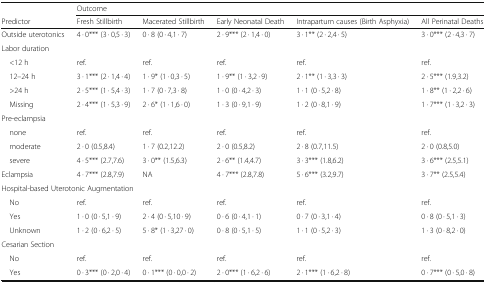
<table><thead><tr><td></td><td colspan="5"><b>Outcome</b></td></tr><tr><td><b>Predictor</b></td><td><b>Fresh Stillbirth</b></td><td><b>Macerated Stillbirth</b></td><td><b>Early Neonatal Death</b></td><td><b>Intrapartum causes (Birth Asphyxia)</b></td><td><b>All Perinatal Deaths</b></td></tr></thead><tbody><tr><td>Outside uterotonics</td><td>4 · 0*** (3 · 0,5 · 3)</td><td>0 · 8 (0 · 4,1 · 7)</td><td>2 · 9*** (2 · 1,4 · 0)</td><td>3 · 1** (2 · 2,4 · 5)</td><td>3 · 0*** (2 · 4,3 · 7)</td></tr><tr><td colspan="6">Labor duration</td></tr><tr><td> &lt;12 h</td><td>ref.</td><td>ref.</td><td>ref.</td><td>ref.</td><td>ref.</td></tr><tr><td> 12–24 h</td><td>3 · 1*** (2 · 1,4 · 4)</td><td>1 · 9* (1 · 0,3 · 5)</td><td>1 · 9** (1 · 3,2 · 9)</td><td>2 · 1** (1 · 3,3 · 3)</td><td>2 · 5*** (1.9,3.2)</td></tr><tr><td> &gt;24 h</td><td>2 · 5*** (1 · 5,4 · 3)</td><td>1 · 7 (0 · 7,3 · 8)</td><td>1 · 0 (0 · 4,2 · 3)</td><td>1 · 1 (0 · 5,2 · 8)</td><td>1 · 8** (1 · 2,2 · 6)</td></tr><tr><td> Missing</td><td>2 · 4*** (1 · 5,3 · 9)</td><td>2 · 6* (1 · 1,6 · 0)</td><td>1 · 3 (0 · 9,1 · 9)</td><td>1 · 2 (0 · 8,1 · 9)</td><td>1 · 7*** (1 · 3,2 · 3)</td></tr><tr><td colspan="6">Pre-eclampsia</td></tr><tr><td> none</td><td>ref.</td><td>ref.</td><td>ref.</td><td>ref.</td><td>ref.</td></tr><tr><td> moderate</td><td>2 · 0 (0.5,8.4)</td><td>1 · 7 (0.2,12.2)</td><td>2 · 0 (0.5,8.2)</td><td>2 · 8 (0.7,11.5)</td><td>2 · 0 (0.8,5.0)</td></tr><tr><td> severe</td><td>4 · 5*** (2.7,7.6)</td><td>3 · 0** (1.5,6.3)</td><td>2 · 6** (1.4,4.7)</td><td>3 · 3*** (1.8,6.2)</td><td>3 · 6*** (2.5,5.1)</td></tr><tr><td>Eclampsia</td><td>4 · 7*** (2.8,7.9)</td><td>NA</td><td>4 · 7*** (2.8,7.8)</td><td>5 · 6*** (3.2,9.7)</td><td>3 · 7** (2.5,5.4)</td></tr><tr><td colspan="6">Hospital-based Uterotonic Augmentation</td></tr><tr><td> No</td><td>ref.</td><td>ref.</td><td>ref.</td><td>ref.</td><td>ref.</td></tr><tr><td> Yes</td><td>1 · 0 (0 · 5,1 · 9)</td><td>2 · 4 (0 · 5,10 · 9)</td><td>0 · 6 (0 · 4,1 · 1)</td><td>0 · 7 (0 · 3,1 · 4)</td><td>0 · 8 (0 · 5,1 · 3)</td></tr><tr><td> Unknown</td><td>1 · 2 (0 · 6,2 · 5)</td><td>5 · 8* (1 · 3,27 · 0)</td><td>0 · 8 (0 · 5,1 · 5)</td><td>1 · 1 (0 · 5,2 · 3)</td><td>1 · 3 (0 · 8,2 · 0)</td></tr><tr><td colspan="6">Cesarian Section</td></tr><tr><td> No</td><td>ref.</td><td>ref.</td><td>ref.</td><td>ref.</td><td>ref.</td></tr><tr><td> Yes</td><td>0 · 3*** (0 · 2,0 · 4)</td><td>0 · 1*** (0 · 0,0 · 2)</td><td>2 · 0*** (1 · 6,2 · 6)</td><td>2 · 1*** (1 · 6,2 · 8)</td><td>0 · 7*** (0 · 5,0 · 8)</td></tr></tbody></table>